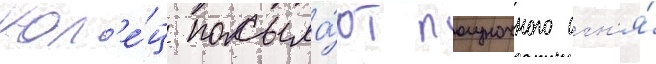
кол'е́ц посыла́ют полуночного огн'я́